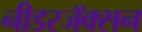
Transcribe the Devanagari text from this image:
नीडरजॅक्सन